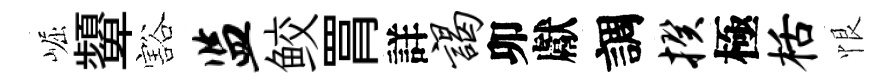
崛顰豁监鲛罥詳谒卯獻調揆極栝恨